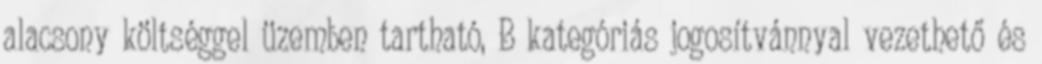
alacsony költséggel üzemben tartható, B kategóriás jogosítvánnyal vezethető és